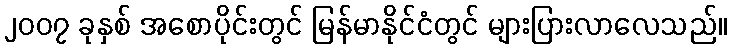
၂၀၀၇ ခုနှစ် အစောပိုင်းတွင် မြန်မာနိုင်ငံတွင် များပြားလာလေသည်။